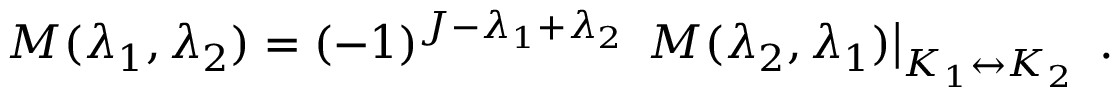
M ( \lambda _ { 1 } , \lambda _ { 2 } ) = ( - 1 ) ^ { J - \lambda _ { 1 } + \lambda _ { 2 } } \, \left. M ( \lambda _ { 2 } , \lambda _ { 1 } ) \right| _ { K _ { 1 } \leftrightarrow K _ { 2 } } \ .